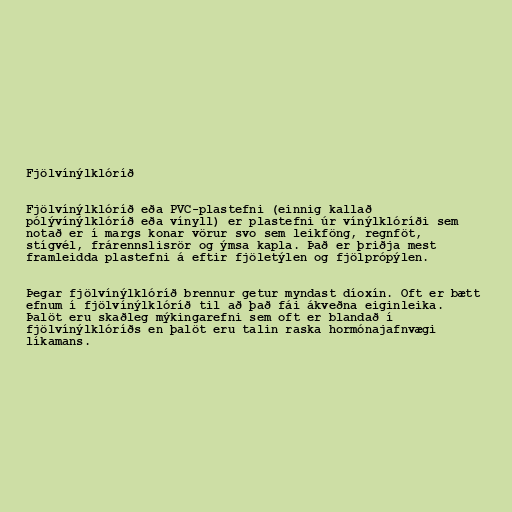
Fjölvínýlklóríð

Fjölvínýlklóríð eða PVC-plastefni (einnig kallað
pólývínýlklóríð eða vínyll) er plastefni úr vínýlklóríði sem
notað er í margs konar vörur svo sem leikföng, regnföt,
stígvél, frárennslisrör og ýmsa kapla. Það er þriðja mest
framleidda plastefni á eftir fjöletýlen og fjölprópýlen.

Þegar fjölvínýlklóríð brennur getur myndast díoxín. Oft er bætt
efnum í fjölvínýlklóríð til að það fái ákveðna eiginleika.
Þalöt eru skaðleg mýkingarefni sem oft er blandað í
fjölvínýlklóríðs en þalöt eru talin raska hormónajafnvægi
líkamans.